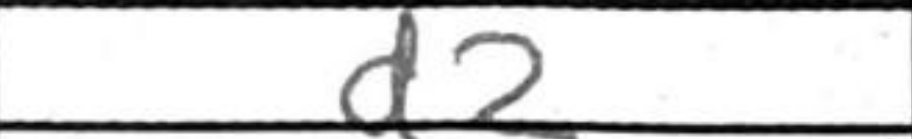
Transcription: d2